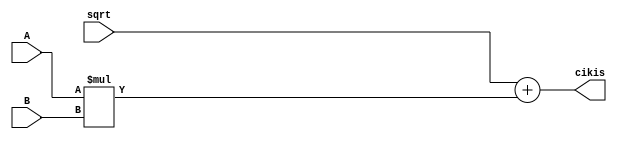
`timescale 1ns / 1ps

module hesap2(
    input [31:0] A,
    input [31:0] B,
    input [23:0] sqrt,
    output reg [31:0] cikis 

    );
    
    always@(*) begin
        cikis = (sqrt + (A*B));
    end
endmodule